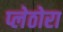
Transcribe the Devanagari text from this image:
प्लेठोरा